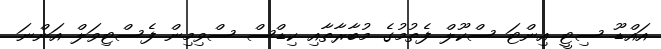
އައްޑޫ ސިޓީ އިންޓަ ސްކޫލް ފެތުމުގެ މުބާރާތާއި ކިޑްސް ސްވިމިން ފެސްޓިވަލް އަންނަ